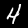
Digit: 4